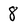
Character: 8